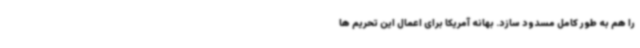
را هم به طور کامل مسدود سازد. بهانه آمریکا برای اعمال این تحریم ها